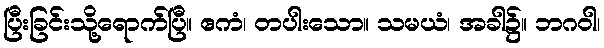
ပြီးခြင်းသို့ရောက်ပြီ။ ဧကံ၊ တပါးသော။ သမယံ၊ အခါ၌။ ဘဂဝါ၊